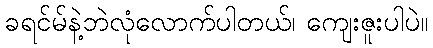
ခရင်မ်နဲ့ဘဲလုံလောက်ပါတယ်၊ ကျေးဇူးပါပဲ။